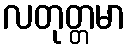
လတုတ္တမာ